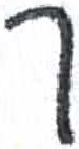
אות: ך